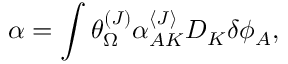
\alpha = \int \theta _ { \Omega } ^ { ( J ) } \alpha _ { A K } ^ { \langle J \rangle } D _ { K } \delta \phi _ { A } ,